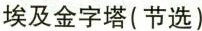
埃及金字塔(节选)